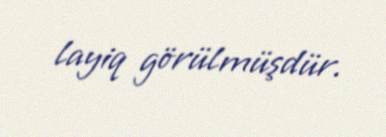
layiq görülmüşdür.